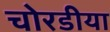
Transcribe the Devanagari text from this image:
चोरडीया